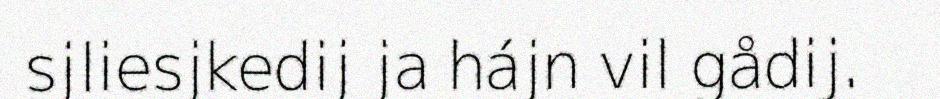
sjliesjkedij ja hájn vil gådij.